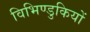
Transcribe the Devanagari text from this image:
विभिण्डुकियों